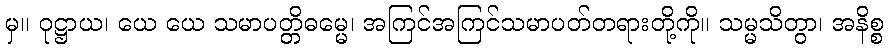
မှ။ ဝုဋ္ဌာယ၊ ယေ ယေ သမာပတ္တိဓမ္မေ၊ အကြင်အကြင်သမာပတ်တရားတို့ကို။ သမ္မသိတွာ၊ အနိစ္စ